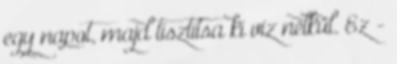
egy napot, majd tisztítsa ki víz nélkül. Ez -